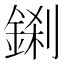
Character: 𮢎